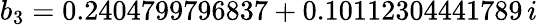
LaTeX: b_{3}=0.2404799796837+0.10112304441789\, i